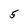
Character: 5